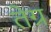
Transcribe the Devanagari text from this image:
तेग्र